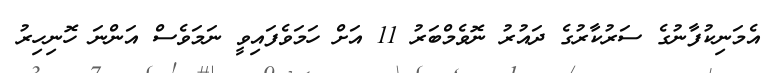
އެމަނިކުފާނުގެ ސަރުކާރުގެ ދައުރު ނޮވެމްބަރު 11 އަށް ހަމަވެފައިވީ ނަމަވެސް އަންނަ ހޮނިހިރު